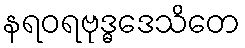
နရဝရဗုဒ္ဓဒေသိတေ